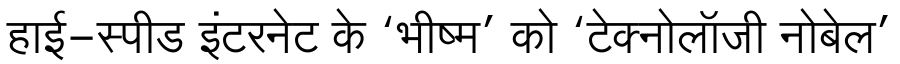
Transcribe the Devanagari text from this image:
हाई-स्पीड इंटरनेट के ‘भीष्म’ को ‘टेक्नोलॉजी नोबेल’